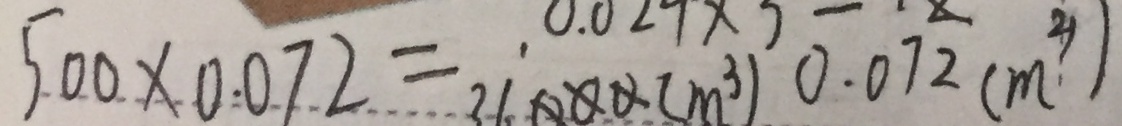
5 0 0 \times 0 . 0 7 2 = 3 6 0 0 0 ( m ^ { 3 } ) 0 . 0 7 2 ( m ^ { 3 } )